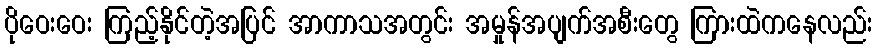
ပိုဝေးဝေး ကြည့်နိုင်တဲ့အပြင် အာကာသအတွင်း အမှုန်အပျက်အစီးတွေ ကြားထဲကနေလည်း